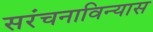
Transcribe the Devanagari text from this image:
सरंचनाविन्यास